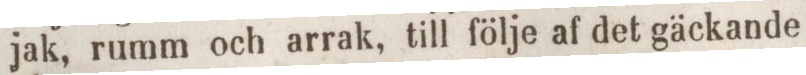
jak, rumm och arrak, till följe af det gäckande